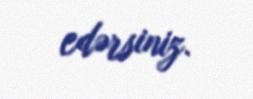
edərsiniz.